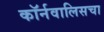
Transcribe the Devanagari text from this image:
कॉर्नवालिसचा